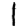
Digit: 1